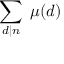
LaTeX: \sum _ { d | n } \; \mu ( d )